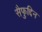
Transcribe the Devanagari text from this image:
सैफुद्दिन